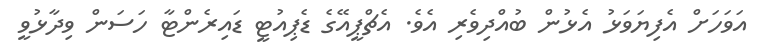
އަވަހަށް އެފިޔަވަޅު އެޅުން ބުއްދިވެރި އެވެ. އެޗްޕީއޭގެ ޑެޕިއުޓީ ޑައިރެންޓާ ހަސަން ވިދާޅުވީ